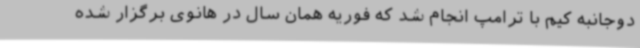
دوجانبه کیم با ترامپ انجام شد که فوریه همان سال در هانوی برگزار شده